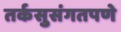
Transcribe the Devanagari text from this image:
तर्कसुसंगतपणे